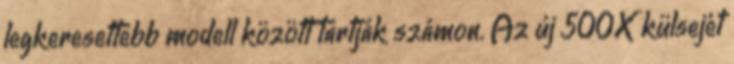
legkeresettebb modell között tartják számon. Az új 500X külsejét